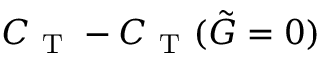
C _ { \mathrm { ~ T ~ } } - C _ { \mathrm { ~ T ~ } } ( \tilde { G } = 0 )